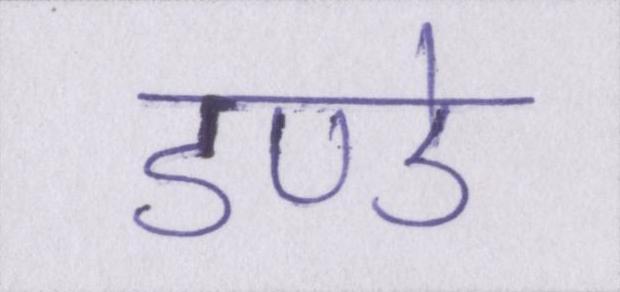
डण्डे